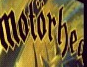
motorhea